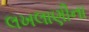
લખલાણીના